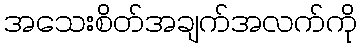
အသေးစိတ်အချက်အလက်ကို